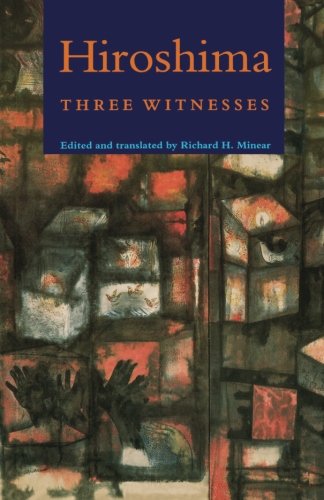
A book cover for Hiroshima: Three Witnesses; Literature & Fiction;